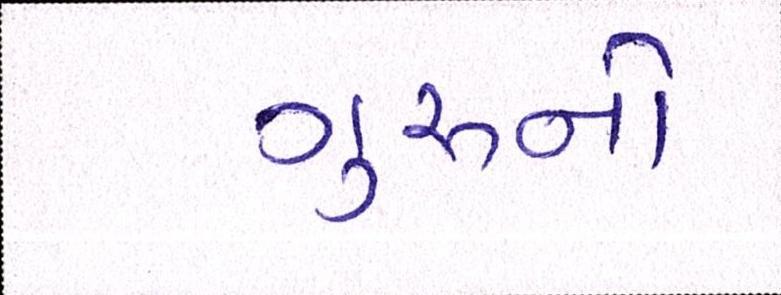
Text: ગુરૃનો